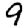
Digit: 9